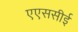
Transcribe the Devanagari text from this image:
एएससीई